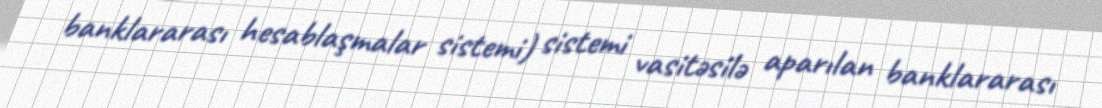
banklararası hesablaşmalar sistemi) sistemi vasitəsilə aparılan banklararası